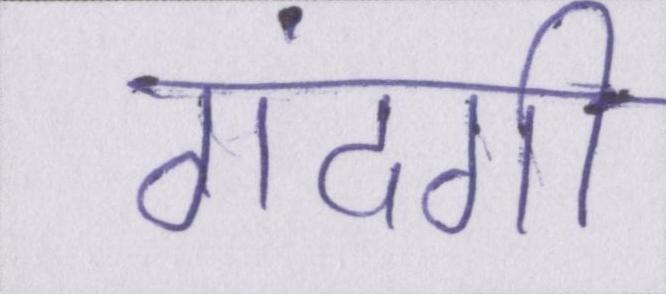
गंदगी